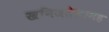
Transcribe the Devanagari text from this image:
खनिजतेलासह